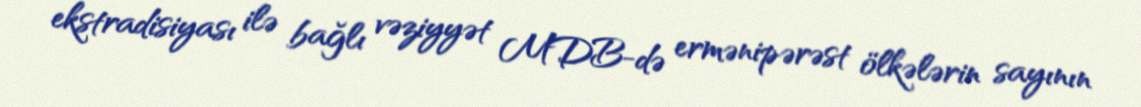
ekstradisiyası ilə bağlı vəziyyət MDB-də ermənipərəst ölkələrin sayının